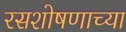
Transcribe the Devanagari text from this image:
रसशोषणाच्या